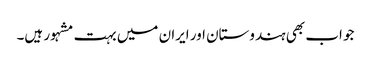
جو اب بھی ہندوستان اور ایران میں بہت مشہور ہیں۔